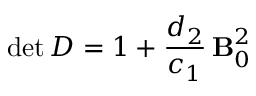
\operatorname* { d e t } D = 1 + \frac { { { d _ { 2 } } } } { { { c _ { 1 } } } } \, { { \bf B } _ { 0 } ^ { 2 } }